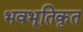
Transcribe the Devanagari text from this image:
भवभूतिकृत